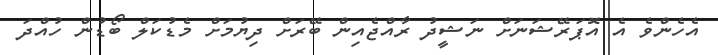
އެހެންވެ އެ އޮަޕަރޭޝަނަށް ނަޝީދު ރާއްޖެއިން ބޭރަށް ދިޔުމަށް މެޑުކަލް ބޯޑުން ހުއްދަ